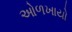
ઓળખાયો